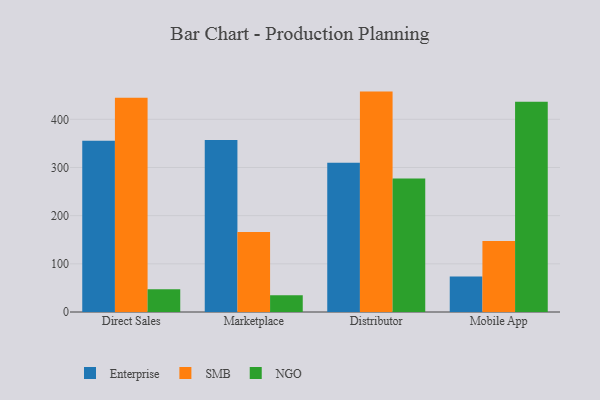
{"axis": {"x": "Channel", "y": "Waste Production (Tons)"}, "legend": ["Enterprise", "NGO", "SMB"], "data": [{"x": "Direct Sales", "y": 355.4, "type": "Enterprise"}, {"x": "Direct Sales", "y": 444.8, "type": "SMB"}, {"x": "Direct Sales", "y": 47.0, "type": "NGO"}, {"x": "Marketplace", "y": 357.2, "type": "Enterprise"}, {"x": "Marketplace", "y": 166.0, "type": "SMB"}, {"x": "Marketplace", "y": 34.7, "type": "NGO"}, {"x": "Distributor", "y": 309.9, "type": "Enterprise"}, {"x": "Distributor", "y": 457.5, "type": "SMB"}, {"x": "Distributor", "y": 277.2, "type": "NGO"}, {"x": "Mobile App", "y": 73.5, "type": "Enterprise"}, {"x": "Mobile App", "y": 147.6, "type": "SMB"}, {"x": "Mobile App", "y": 436.6, "type": "NGO"}]}